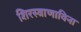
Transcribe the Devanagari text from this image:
शिरस्त्राणाविना